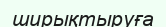
ширықтыруға